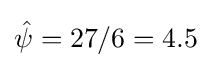
{\hat {\psi }}=27/6=4.5